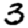
Digit: 3